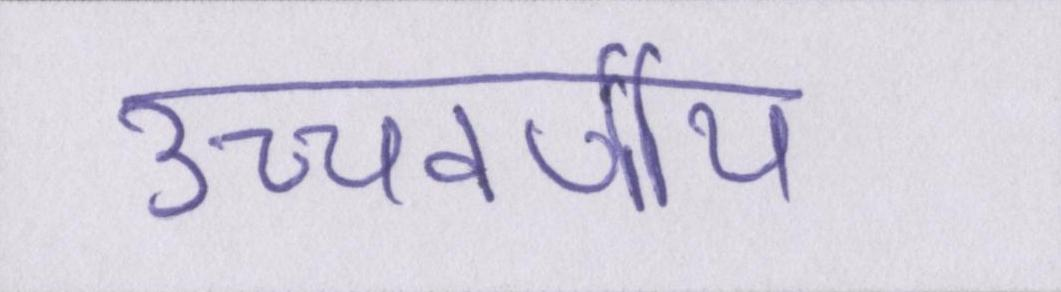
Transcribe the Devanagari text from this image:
उच्चवर्णीय